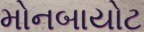
મોનબાયોટ